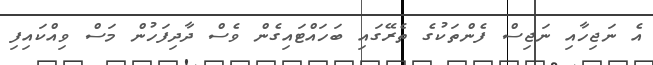
އެ ނަޖިހާއި ނަޖިސް ފެންތަކުގެ ތެރޭގައި ބަހައްޓައިގެން ވެސް ދާދިފަހުން މަސް ވިއްކައިފި